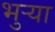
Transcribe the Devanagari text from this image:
भुर्‍या